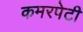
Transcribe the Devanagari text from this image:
कमरपेटी